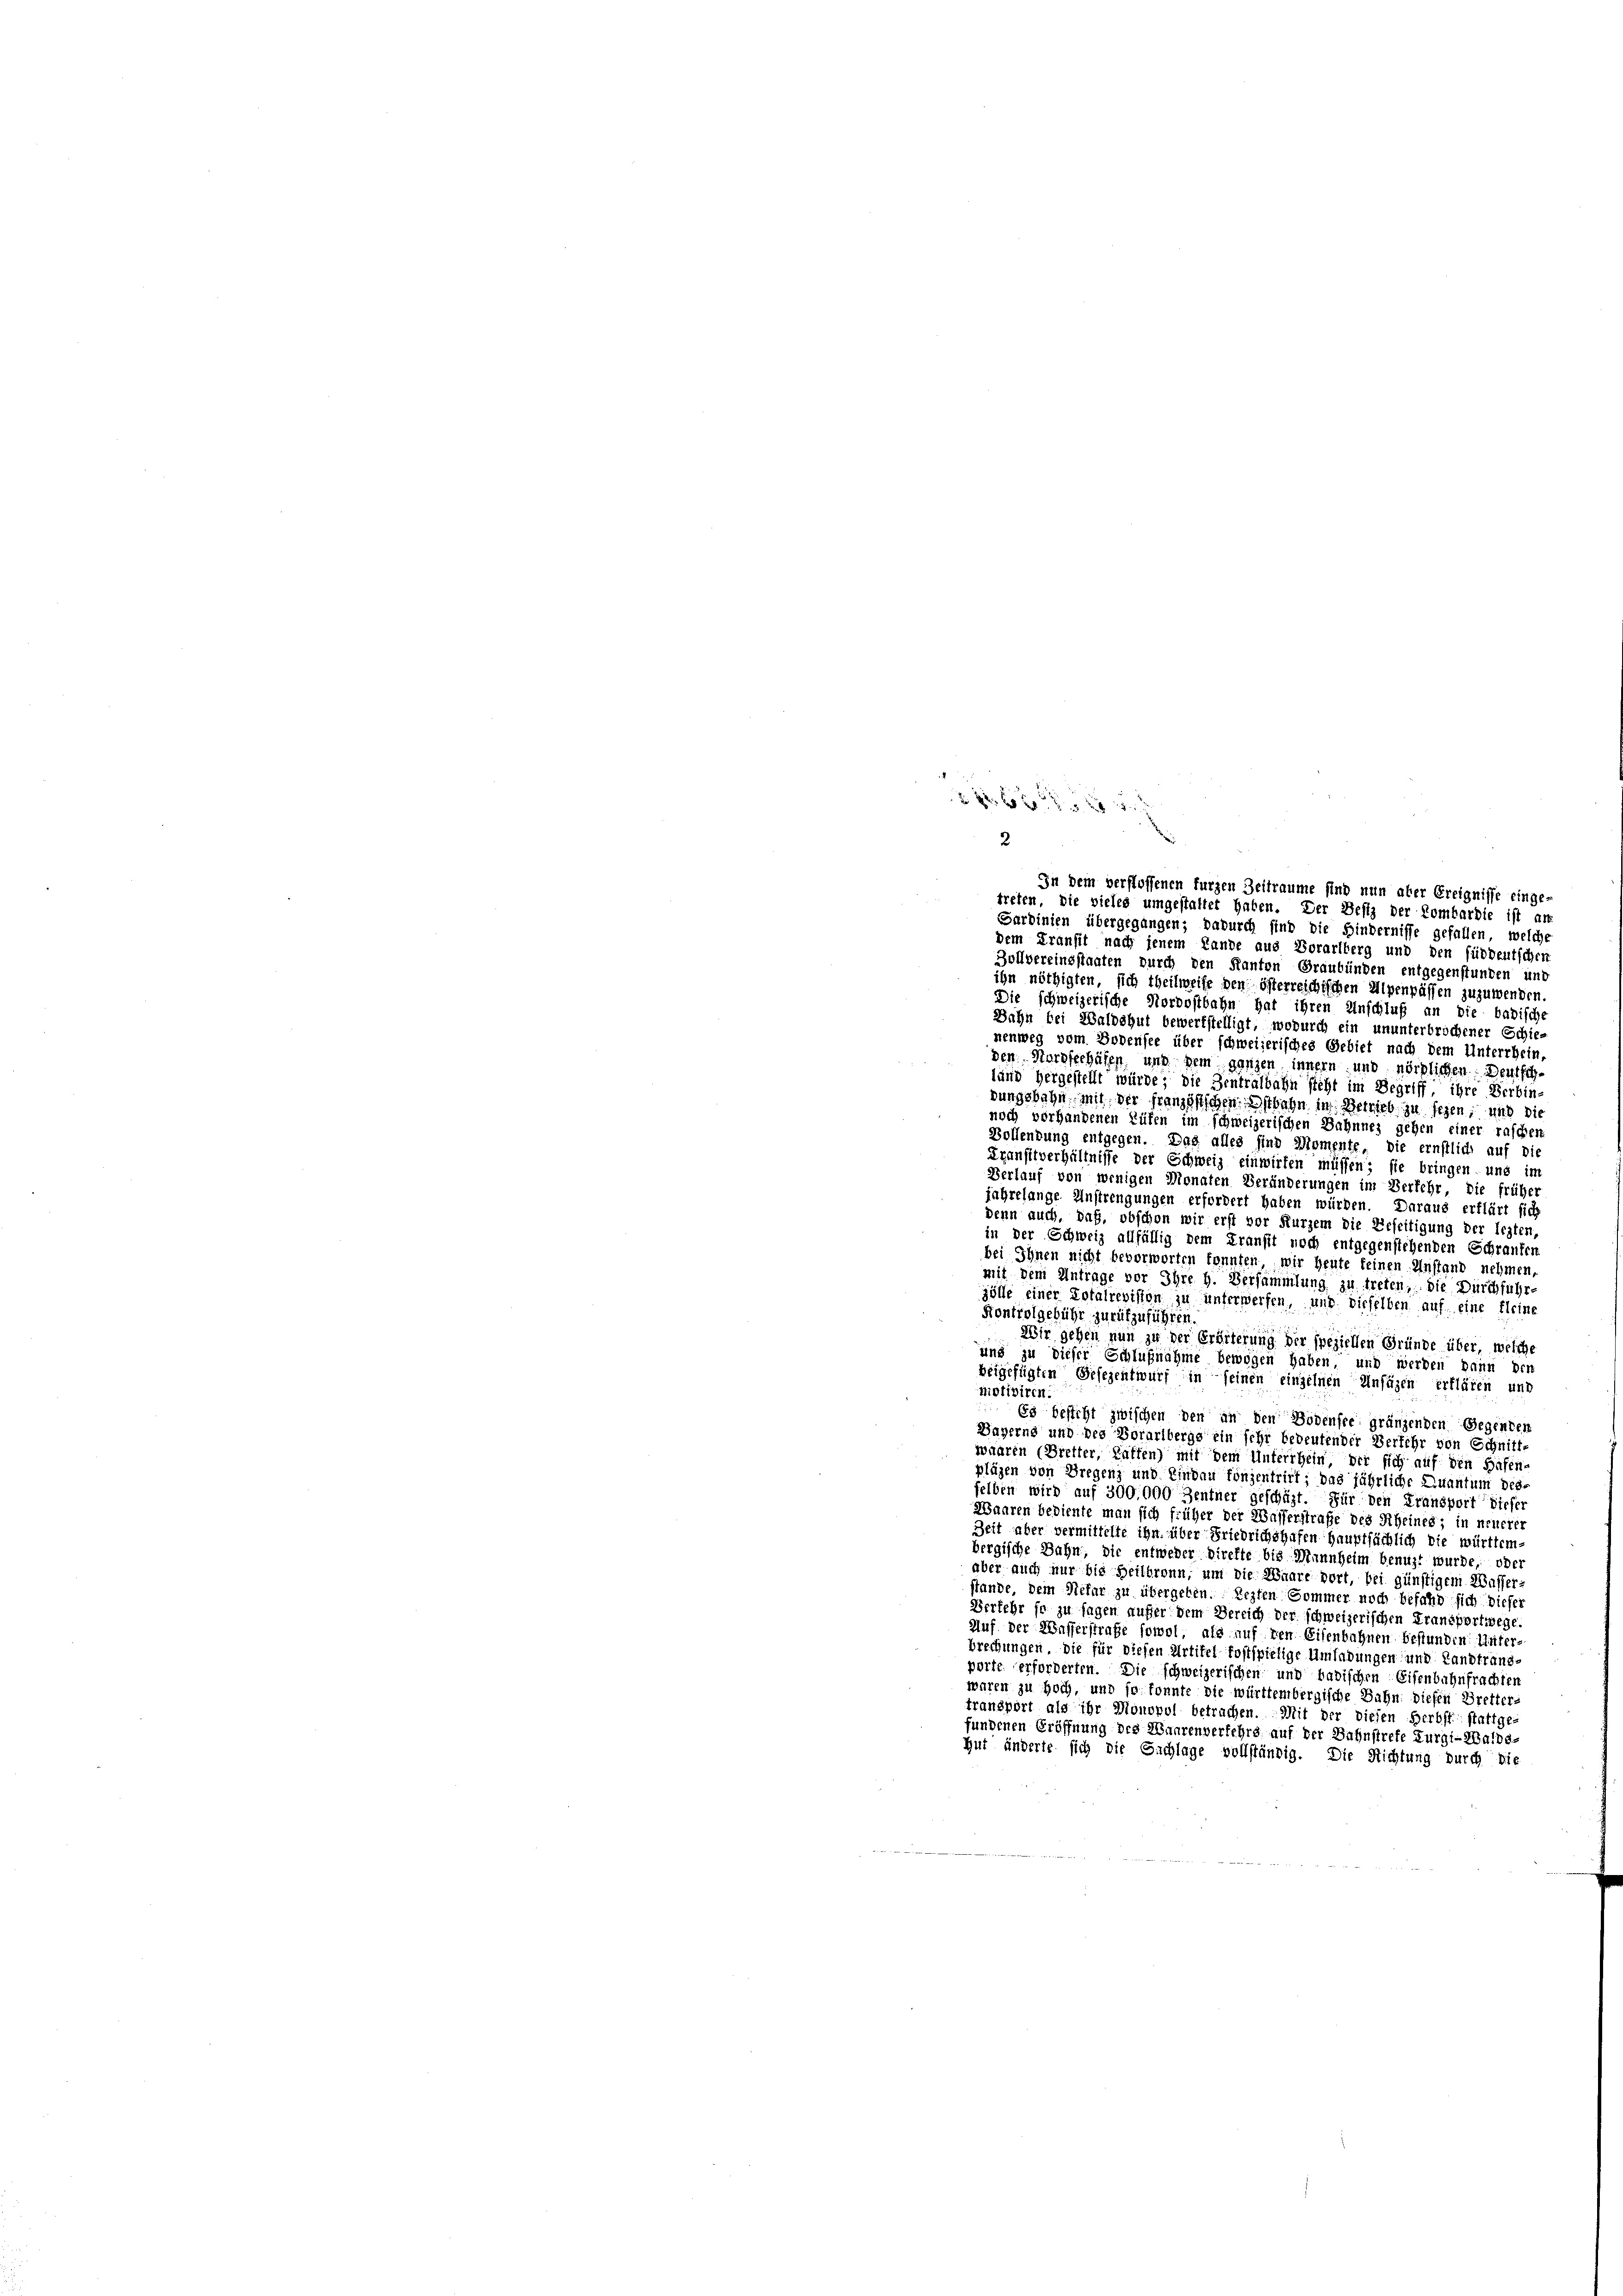
2

In dem verflossenen furzen Zeitraume sind nun aber Ereignisse einge-
treten, die vieles umgestattet haben. Der Besiz der Kombardie ist an
Sardinien übergegangen; dadurch sind die Hindernisse gefallen, welche
dem Transit nach jenem Lande aus Vorarlberg und den süddeutscher
Zollvereinsstaaten durch den Kanton Graubünden entgegenstunden und
ihn nöthigten, sich theilweise den öfterreichischen Alpenpässen zuzuwenden
Die schweizerische Nordostbahn hat ihren Unschluß an die badische
Dahn bei Waldshut bewerkstelligt, wodurch ein ununterbrochener Schie-
nenweg vom Bodensee über schweizerisches Gebiet nach dem Unterrhein
den Nordseehäfen, und sein ganzen innern und nördlichen: Deutsch
land hergestellt würde; die Zentralbahn steht im Begriff, ihre Verbin
dungsbahn mit der französischen Estbahn in Betrieb zu sehen, und die
noch vorhandenen Rüfen im schweizerischen Bahnnes gehen einer raschen
Bollendung entgegen. Das alles sind Momente, die ernstlich auf die
Transitverhältnisse der Schweiz einwirken müssen; sie bringen und im
Verlauf von wenigen Monaten Veränderungen im Verkehr, die frühe
jahrelange Anstrengungen erfordert haben würden. Daraus erklärt sich
denn auch, daß, obschon wir erst vor Kurzem die Beseitigung der lezten,
in der Schweiz allfällig dem Kranft noch entgegenstehenden Schranken
bei Ihnen nicht bevorworten konnten, wir heute keinen Anstand nehmen,
mit dem Antrage vor Ihre h. Versammlung zu treten, die Durchführ-
zölle einer Totalrevision zu unterwerfen, und dieselben auf eine fleine
Kontrolgebühr zurückzuführen.
Wir gehen nun zu der Erditerung der speziellen Gründe über, welche
und zu dieser Schlußnahme bewogen haben und werden kann der
beigefügten Gesezentwurf in seinen einzelnen Ansäzen erklären und
motiviren.
Es besteht zwischen den in den Bodensre gränzenden Gegenten
Bayerns und des Vorarlbergs ein sehr bedeutender Verfehr von Schnitt-
waaren (Bretter, haften) mit dem Unterrhein, der sich auf den Hafen-
pläzen von Bregenz und Eindau fonzentrirt; das jährliche Quantum desselben wird auf 300,000 Zentner geschäzt. Für den Fransport dieser
Waaren bediente man sich früher der Wasserstraße des Rheines; in neuerer
Zeit aber vermittelte ihn über Friedrichshafen hauptsächlich die württem
bergische Bahn, die entweder direfte bis Mannheim benuzt wurde, oder
aber auch nur bis Heilbronn, um die Waare dort, bei günstigem Wasser-
stände, dem Nefur zu übergeben. Lezten Sommer noch befahr sich dieser
Verkehr so zu sagen außer dem Bereich der schweizerischen Fransportwege.
Auf der Wasserstrafe sowol, als auf den Eisenbahnen bestunden: Unter-
brechungen, die für diesen Artikel fostspielige Umladungen und Landtrans-
porte erforderten. Die schweizerischen und badischen Eisenbahnfrachten
waren zu hoch, und so konnte die württembergische Bahn diesen Bretter-
transport als ihr Monopol betrachen. Mit der diesen Herbst stattge-
fundenen Eröffnung des Haarenverfehrs auf der Bahnstrete Furgl-Walde-
Hut änderte sich die Eichlage vollständig. Die Richtung durch die